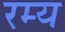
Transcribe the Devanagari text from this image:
रम्‍य